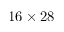
1 6 \times 2 8